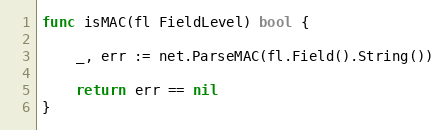
Language: Go
func isMAC(fl FieldLevel) bool {

	_, err := net.ParseMAC(fl.Field().String())

	return err == nil
}